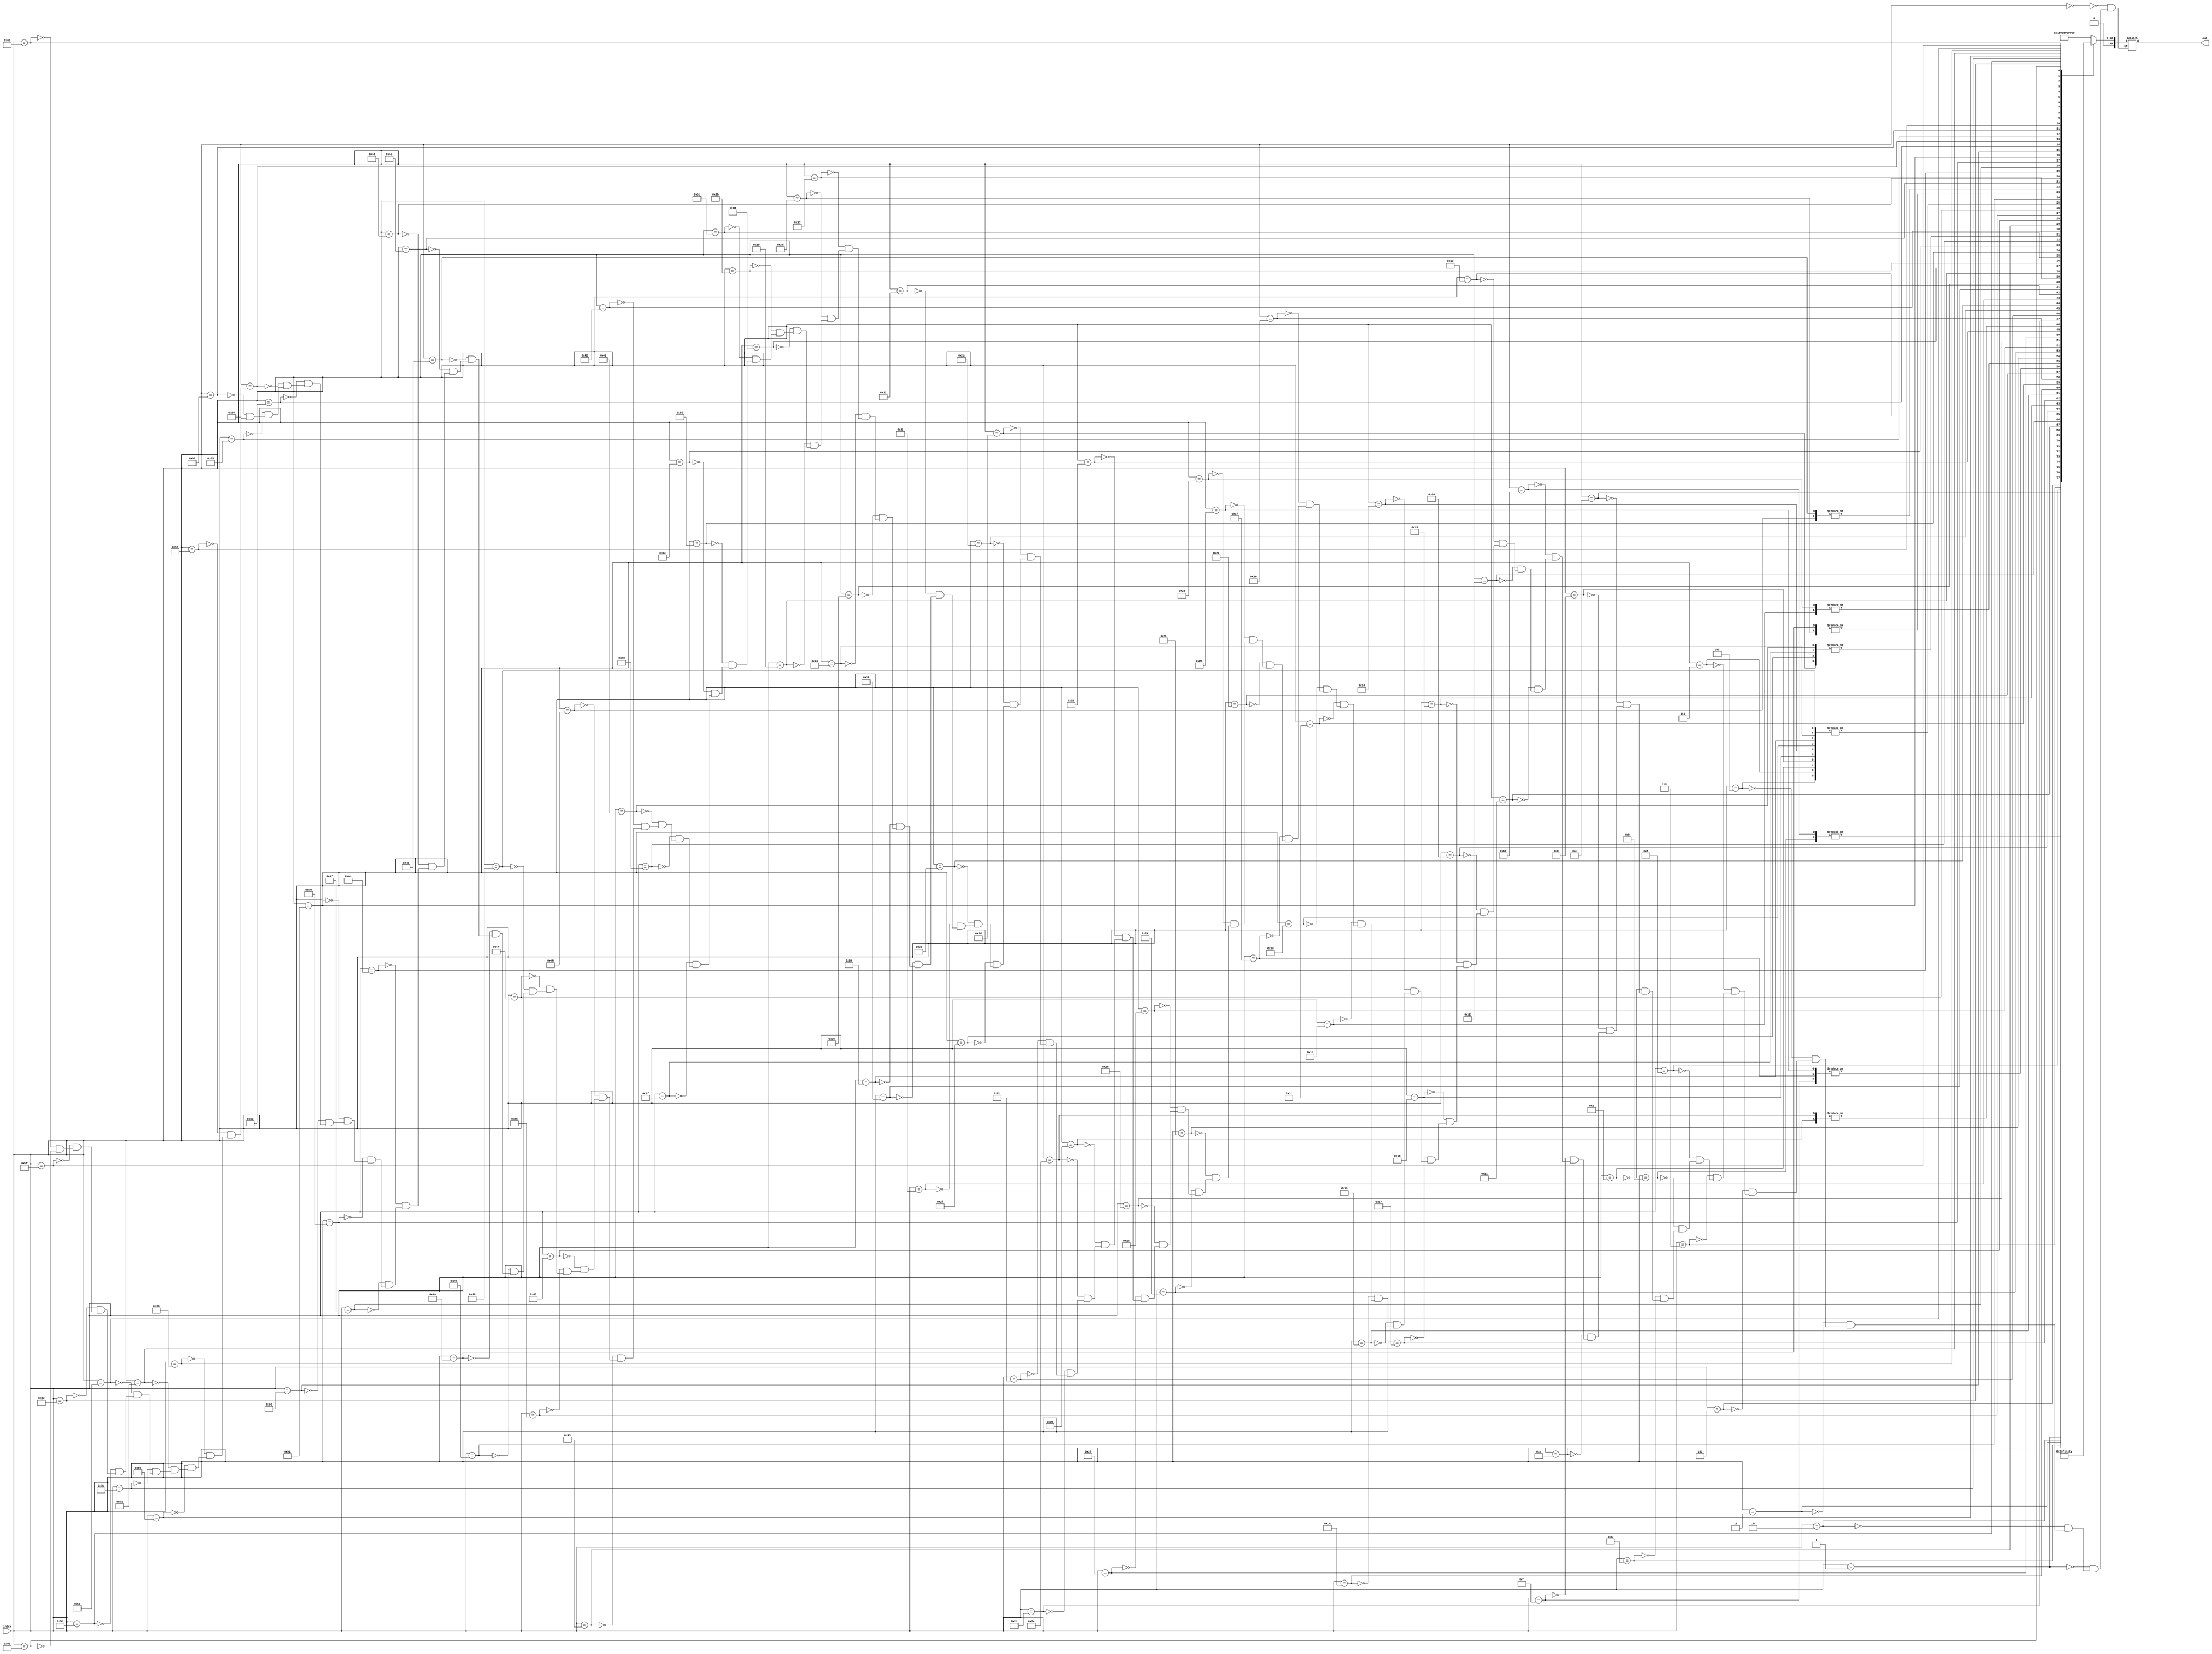
/////////
//CU ROM
/////////
module microstore_rom (output reg[44:0] out, input [6:0] index);

always @(index)
	case(index)
7'b0000000: out=45'b000011000000000111000000000000000000000000000;				
7'b0000001: out=45'b000011000101000111000100000001001111010000000;				
7'b0000010: out=45'b001101110100001110000111000000000000000000010;				
7'b0000011: out=45'b000010000100101111000100000000000000001011100;				
7'b0000100: out=45'b000011000001000111000100000000001111010000000;				
7'b0000101: out=45'b000010000000001111010100110000101000101010001;				
7'b0000110: out=45'b000011000001000111000100000000001111010000000;				
7'b0000111: out=45'b000010000000001111010100110000101110001010001;				
7'b0001000: out=45'b000011000000001111000100000000000000000000000;				
7'b0001001: out=45'b000010000001000111000100000000001111011010001;				
7'b0001010: out=45'b000010000000001111010101100000101101000001001;				
7'b0001011: out=45'b000011000001000111000100000000001111010000000;				
7'b0001100: out=45'b000010000001001111000100000011001100101010001;				
7'b0001101: out=45'b000011000001000111000100000000001111010000000;				
7'b0001110: out=45'b000010000001001111000100000011001101001010001;				
7'b0001111: out=45'b000011000001001111000100000011001100100000000;				
7'b0010000: out=45'b000010000001000111000100000000001111011010001;				
7'b0010001: out=45'b000010000001001111000100000011001101000010000;				
7'b0010010: out=45'b000010000101001111000100000011001100101010001;				
7'b0010011: out=45'b000010000101001111000100000011001101001010001;				
7'b0010100: out=45'b000010000100000111000100000000101100101010001;				
7'b0010101: out=45'b000010000100000111000100000000101101001010001;				
7'b0010110: out=45'b000011000001000111000100000000001111010000000;				
7'b0010111: out=45'b000010000000001111010100110000101100001010011;				
7'b0011000: out=45'b000011000001000111000100000000001111010000000;				
7'b0011001: out=45'b000010000000001111010100110000101101001010011;				
7'b0011010: out=45'b000011000000001111010100110000101100100000000;				
7'b0011011: out=45'b000010000001000111000100000000001111011010011;				
7'b0011100: out=45'b000010000000001111010100110000101101000011011;				
7'b0011101: out=45'b000011000001000111000100000000001111010000000;				
7'b0011110: out=45'b000010000000001111000100000000000000001010011;				
7'b0011111: out=45'b000011000001001111000100000011001100100000000;				
7'b0100000: out=45'b000010000001000111000100000000001101011010011;				
7'b0100001: out=45'b000011000001001111000100000011001100100000000;				
7'b0100010: out=45'b000010000001000111000100000000001111011010011;				
7'b0100011: out=45'b000010000001001111000100000011001101000100010;				
7'b0100100: out=45'b000010000001001111000100000011001000101010100;				
7'b0100101: out=45'b000010000001001111000100000011001101001010100;				
7'b0100110: out=45'b000010000000000111000100000000101100101010100;				
7'b0100111: out=45'b000010000000000111000100000000101101001010100;				
7'b0101000: out=45'b000011000001001111000100100101000101000000000;				
7'b0101001: out=45'b000010000001001111000100010111001001001011011;				
7'b0101010: out=45'b000010000001001111000100010111001001001011011;				
7'b0101011: out=45'b000010001000011011100100000000001100001011011;				
7'b0101100: out=45'b000010001011001011100100000011001100001011011;				
7'b0101101: out=45'b000011000101000111000100000000001111010000000;				
7'b0101110: out=45'b000010000100001111000100110000101100101010110;				
7'b0101111: out=45'b000011000101000111000100000000001111010000000;				
7'b0110000: out=45'b000010000000001111000100110000011101001010110;				
7'b0110001: out=45'b000011000000001111000100110000011000100000000;				
7'b0110010: out=45'b000010000001000111000100000000001111011010110;				
7'b0110011: out=45'b000010000000001111000100110000101101000110010;				
7'b0110100: out=45'b000011000001000111000100000000001111010000000;				
7'b0110101: out=45'b000010000001001111000100110011001100101010110;				
7'b0110110: out=45'b000011000001000111000100000000001111010000000;				
7'b0110111: out=45'b000010000001001111000100110011001101001010110;				
7'b0111000: out=45'b000011000001001111000100110011001100100000000;				
7'b0111001: out=45'b000010000101000111000100000000001111011010110;				
7'b0111010: out=45'b000010000001001111000100110011001101000111001;				
7'b0111011: out=45'b000010000101000111000100000011001100101010110;				
7'b0111100: out=45'b000010000101000111000100000011001101001010110;				
7'b0111101: out=45'b000010000100000111000100000000011100101010110;				
7'b0111110: out=45'b000010000100000101000100000000011101001011101;				
7'b0111111: out=45'b000011000101000111000100000000001111010000000;				
7'b1000000: out=45'b000010000000001111000100110000011100101011000;				
7'b1000001: out=45'b000011000101000111000100000000001111010000000;				
7'b1000010: out=45'b000010000000001111000100110000011101001011000;				
7'b1000011: out=45'b000011000000001111000100110000011100100000000;				
7'b1000100: out=45'b000010000101000111000100000000001111011011000;				
7'b1000101: out=45'b000010000000001111000100110000011101001000100;				
7'b1000110: out=45'b000011000001000111000100000000001111011011000;				
7'b1000111: out=45'b000010000001001111000100110011001100101000111;				
7'b1001000: out=45'b000011000001000111000100000000001111010000000;				
7'b1001001: out=45'b000010000001001111000100110011001101001011000;				
7'b1001010: out=45'b000011000001001111000100110011001100100000000;				
7'b1001011: out=45'b000010000101000111000100000000001111011011000;				
7'b1001100: out=45'b000010000001001111000100110011001101001001011;				
7'b1001101: out=45'b000010000101000111000100000011001100101011000;				
7'b1001110: out=45'b000010000101000111000100000011001101001011000;				
7'b1001111: out=45'b000010000100001101000100000000011100101011000;				
7'b1010000: out=45'b000010000100000111000100000000011101001011000;				
7'b1010001: out=45'b000011000101101101001101000010001100000000000;				
7'b1010010: out=45'b000111100100001111000100000000000000001011011;				
7'b1010011: out=45'b000111100000001111000100000000000000001010100;				
7'b1010100: out=45'b000011000000101101001100000000000000000000000;				
7'b1010101: out=45'b000010000000001111000100000000000011101011011;				
7'b1010110: out=45'b000011000101001101000110000010001111010000000;				
7'b1010111: out=45'b000111100101001101000110000010001111011011011;				
7'b1011000: out=45'b000111110000101101000110000000000011011011001;				
7'b1011001: out=45'b000011000000101111000110000000000011010000000;				
7'b1011010: out=45'b000011000000101111000100000000000011010000000;				
7'b1011011: out=45'b000010000000000111000100010100000101000000001;				
7'b1011100: out=45'b011100000100001111000100000011000000001011011;				
7'b1011101: out=45'b000010000101001101000110000010001111011010110;				
7'b1011110: out=45'b000011001111001011100100000011001100001011011;				
7'b1011111: out=45'b000010001111001011100100000011001100001011011;				
7'b1100000: out=45'b000010001000011111100100000000001100001011011;				
7'b1100001: out=45'b000010001011001111100100000011001100001011011;																																																																																																																																																		                                                                          																					
	endcase

endmodule